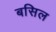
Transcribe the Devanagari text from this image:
बसिल